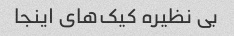
بی نظیره کیک‌های اینجا